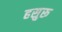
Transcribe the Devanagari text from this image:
हसुरू